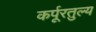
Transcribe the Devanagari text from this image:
कर्पूरतुल्य